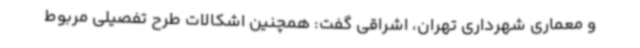
و معماری شهرداری تهران، اشراقی گفت: همچنین اشکالات طرح تفصیلی مربوط